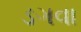
ડગવા